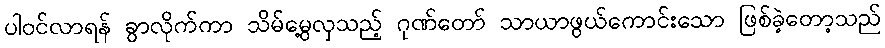
ပါဝင်လာရန် ခွာလိုက်ကာ သိမ်မွေ့လှသည့် ဂုဏ်တော် သာယာဖွယ်ကောင်းသော ဖြစ်ခဲ့တော့သည်